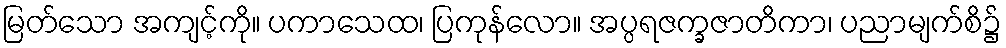
မြတ်သော အကျင့်ကို။ ပကာသေထ၊ ပြကုန်လော။ အပ္ပရဇက္ခဇာတိကာ၊ ပညာမျက်စိ၌